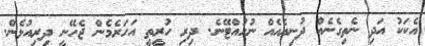
އެކަކު އަދި ނެތިގެނެއް ދުނިޔެއެއް ނުހުއްޓޭނެ. ދިރި ހުރީތީ އަހަރެމެން ޖެހޭނީ ދިރިއުޅެން.